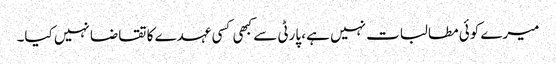
میرے کوئی مطالبات نہیں ہے، پارٹی سے کبھی کسی عہدے کا تقاضا نہیں کیا۔